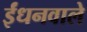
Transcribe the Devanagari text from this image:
ईंधनवाले